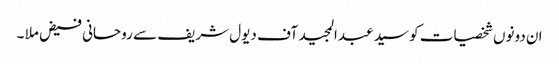
ان دونوں شخصیات کو سید عبدالمجید آف دیول شریف سے روحانی فیض ملا ۔